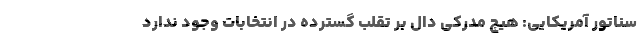
سناتور آمریکایی: هیچ مدرکی دال بر تقلب گسترده در انتخابات وجود ندارد